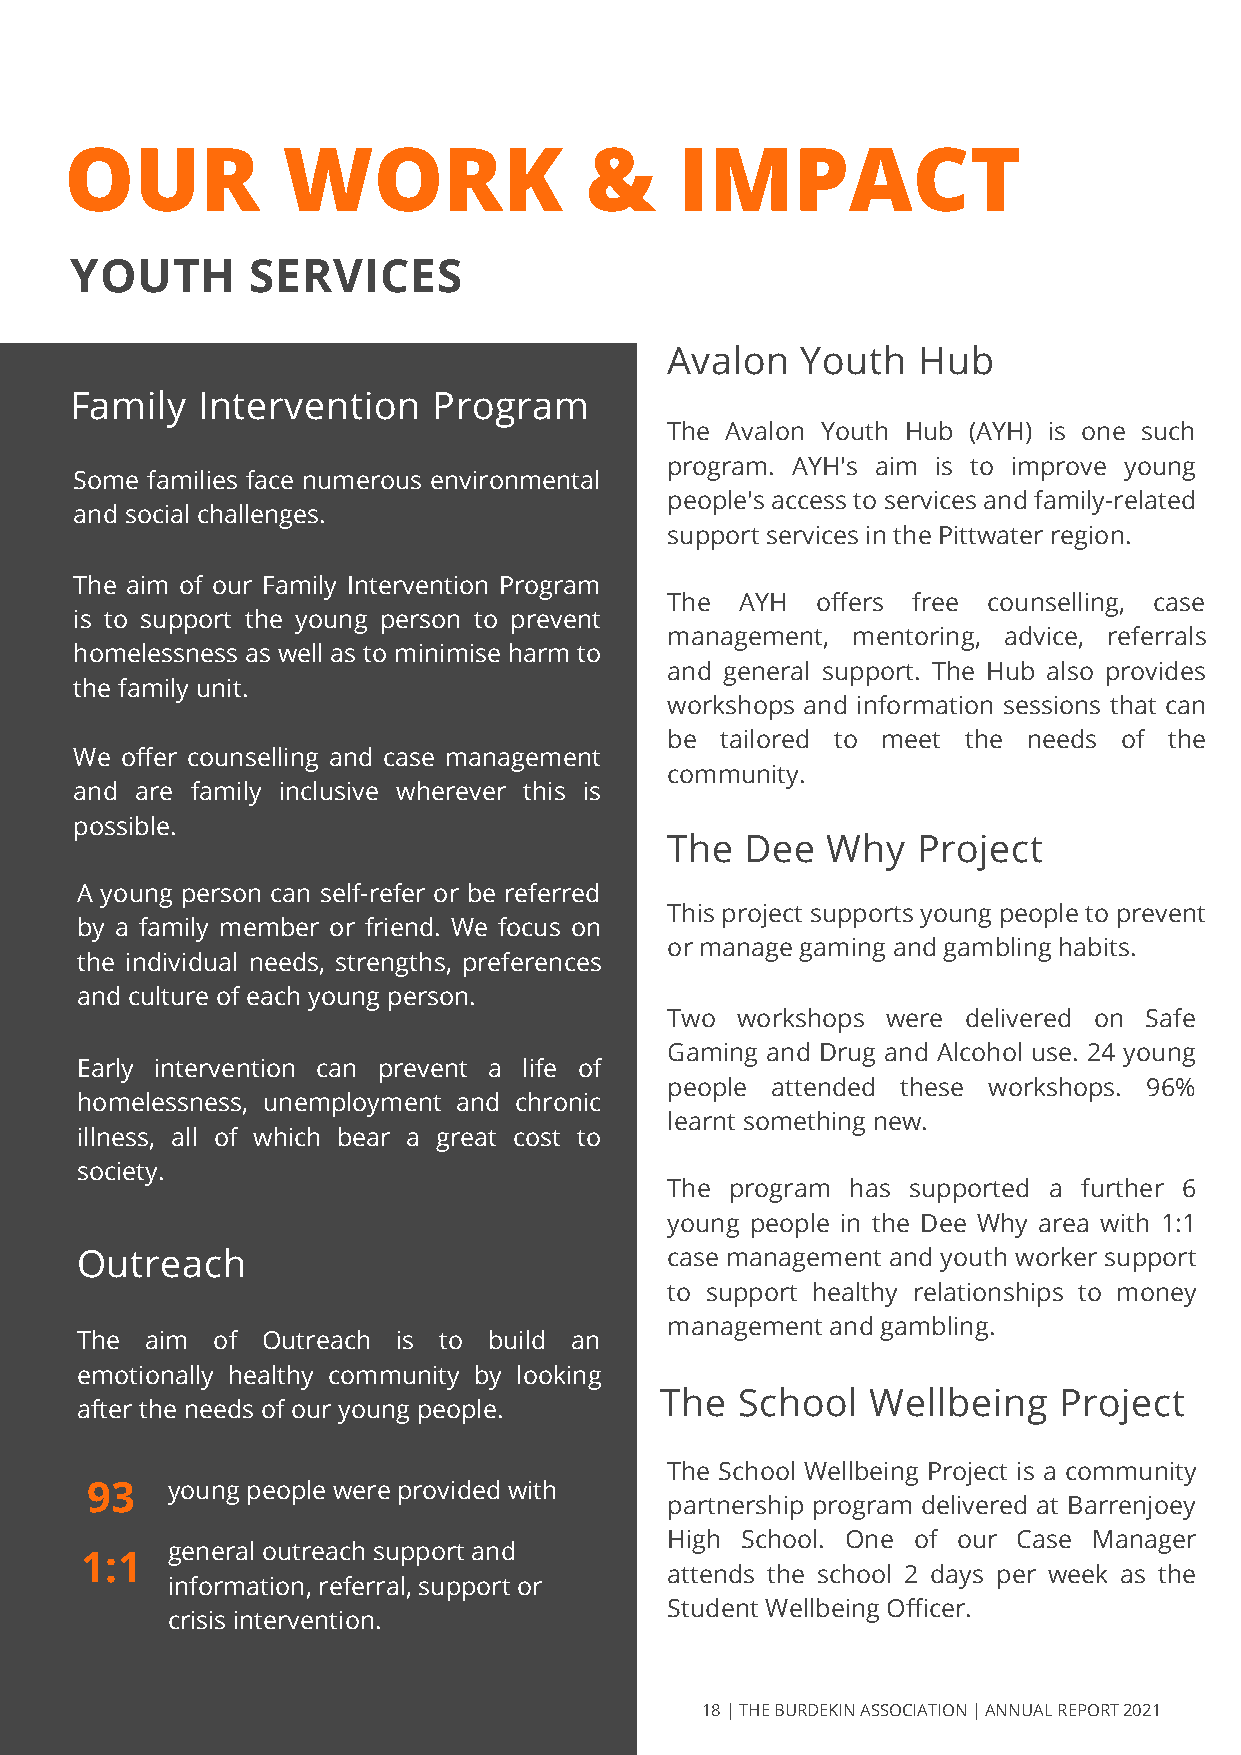
OUR            WORK                &     IMPACT
 YOUTH      SERVICES
 Avalon   Youth   Hub
 Family  Intervention    Program
 The Avalon Youth Hub (AYH) is one such
 program. AYH's aim is to improve young
 Some families face numerous environmental
 people's access to services and family-related
 and social challenges.
 support services in the Pittwater region.
 The aim of our Family Intervention Program
 The  AYH  offers free counselling, case
 is to support the young person to prevent
 management, mentoring, advice, referrals
 homelessness as well as to minimise harm to
 and general support. The Hub also provides
 the family unit.
 workshops and information sessions that can
 be  tailored to meet the needs of the
 We offer counselling and case management
 community.
 and are family inclusive wherever this is
 possible.
 The  Dee   Why   Project
 A young person can self-refer or be referred
 This project supports young people to prevent
 by a family member or friend. We focus on
 or manage gaming and gambling habits.
 the individual needs, strengths, preferences
 and culture of each young person.
 Two  workshops were delivered on Safe
 Gaming and Drug and Alcohol use. 24 young
 Early intervention can prevent a life of
 people attended these workshops. 96%
 homelessness, unemployment and chronic
 learnt something new.
 illness, all of which bear a great cost to
 society.
 The program has supported a further 6
 young people in the Dee Why area with 1:1
 Outreach                               case management and youth worker support
 to support healthy relationships to money
 management and gambling.
 The  aim of Outreach is to build an
 emotionally healthy community by looking
 The  School   Wellbeing   Project
 after the needs of our young people.
 The School Wellbeing Project is a community
 93   young people were provided with
 partnership program delivered at Barrenjoey
 High School. One of our Case Manager
 general outreach support and
 1:1
 attends the school 2 days per week as the
 information, referral, support or
 Student Wellbeing Officer.
 crisis intervention.
 18 | THE BURDEKIN ASSOCIATION | ANNUAL REPORT 2021